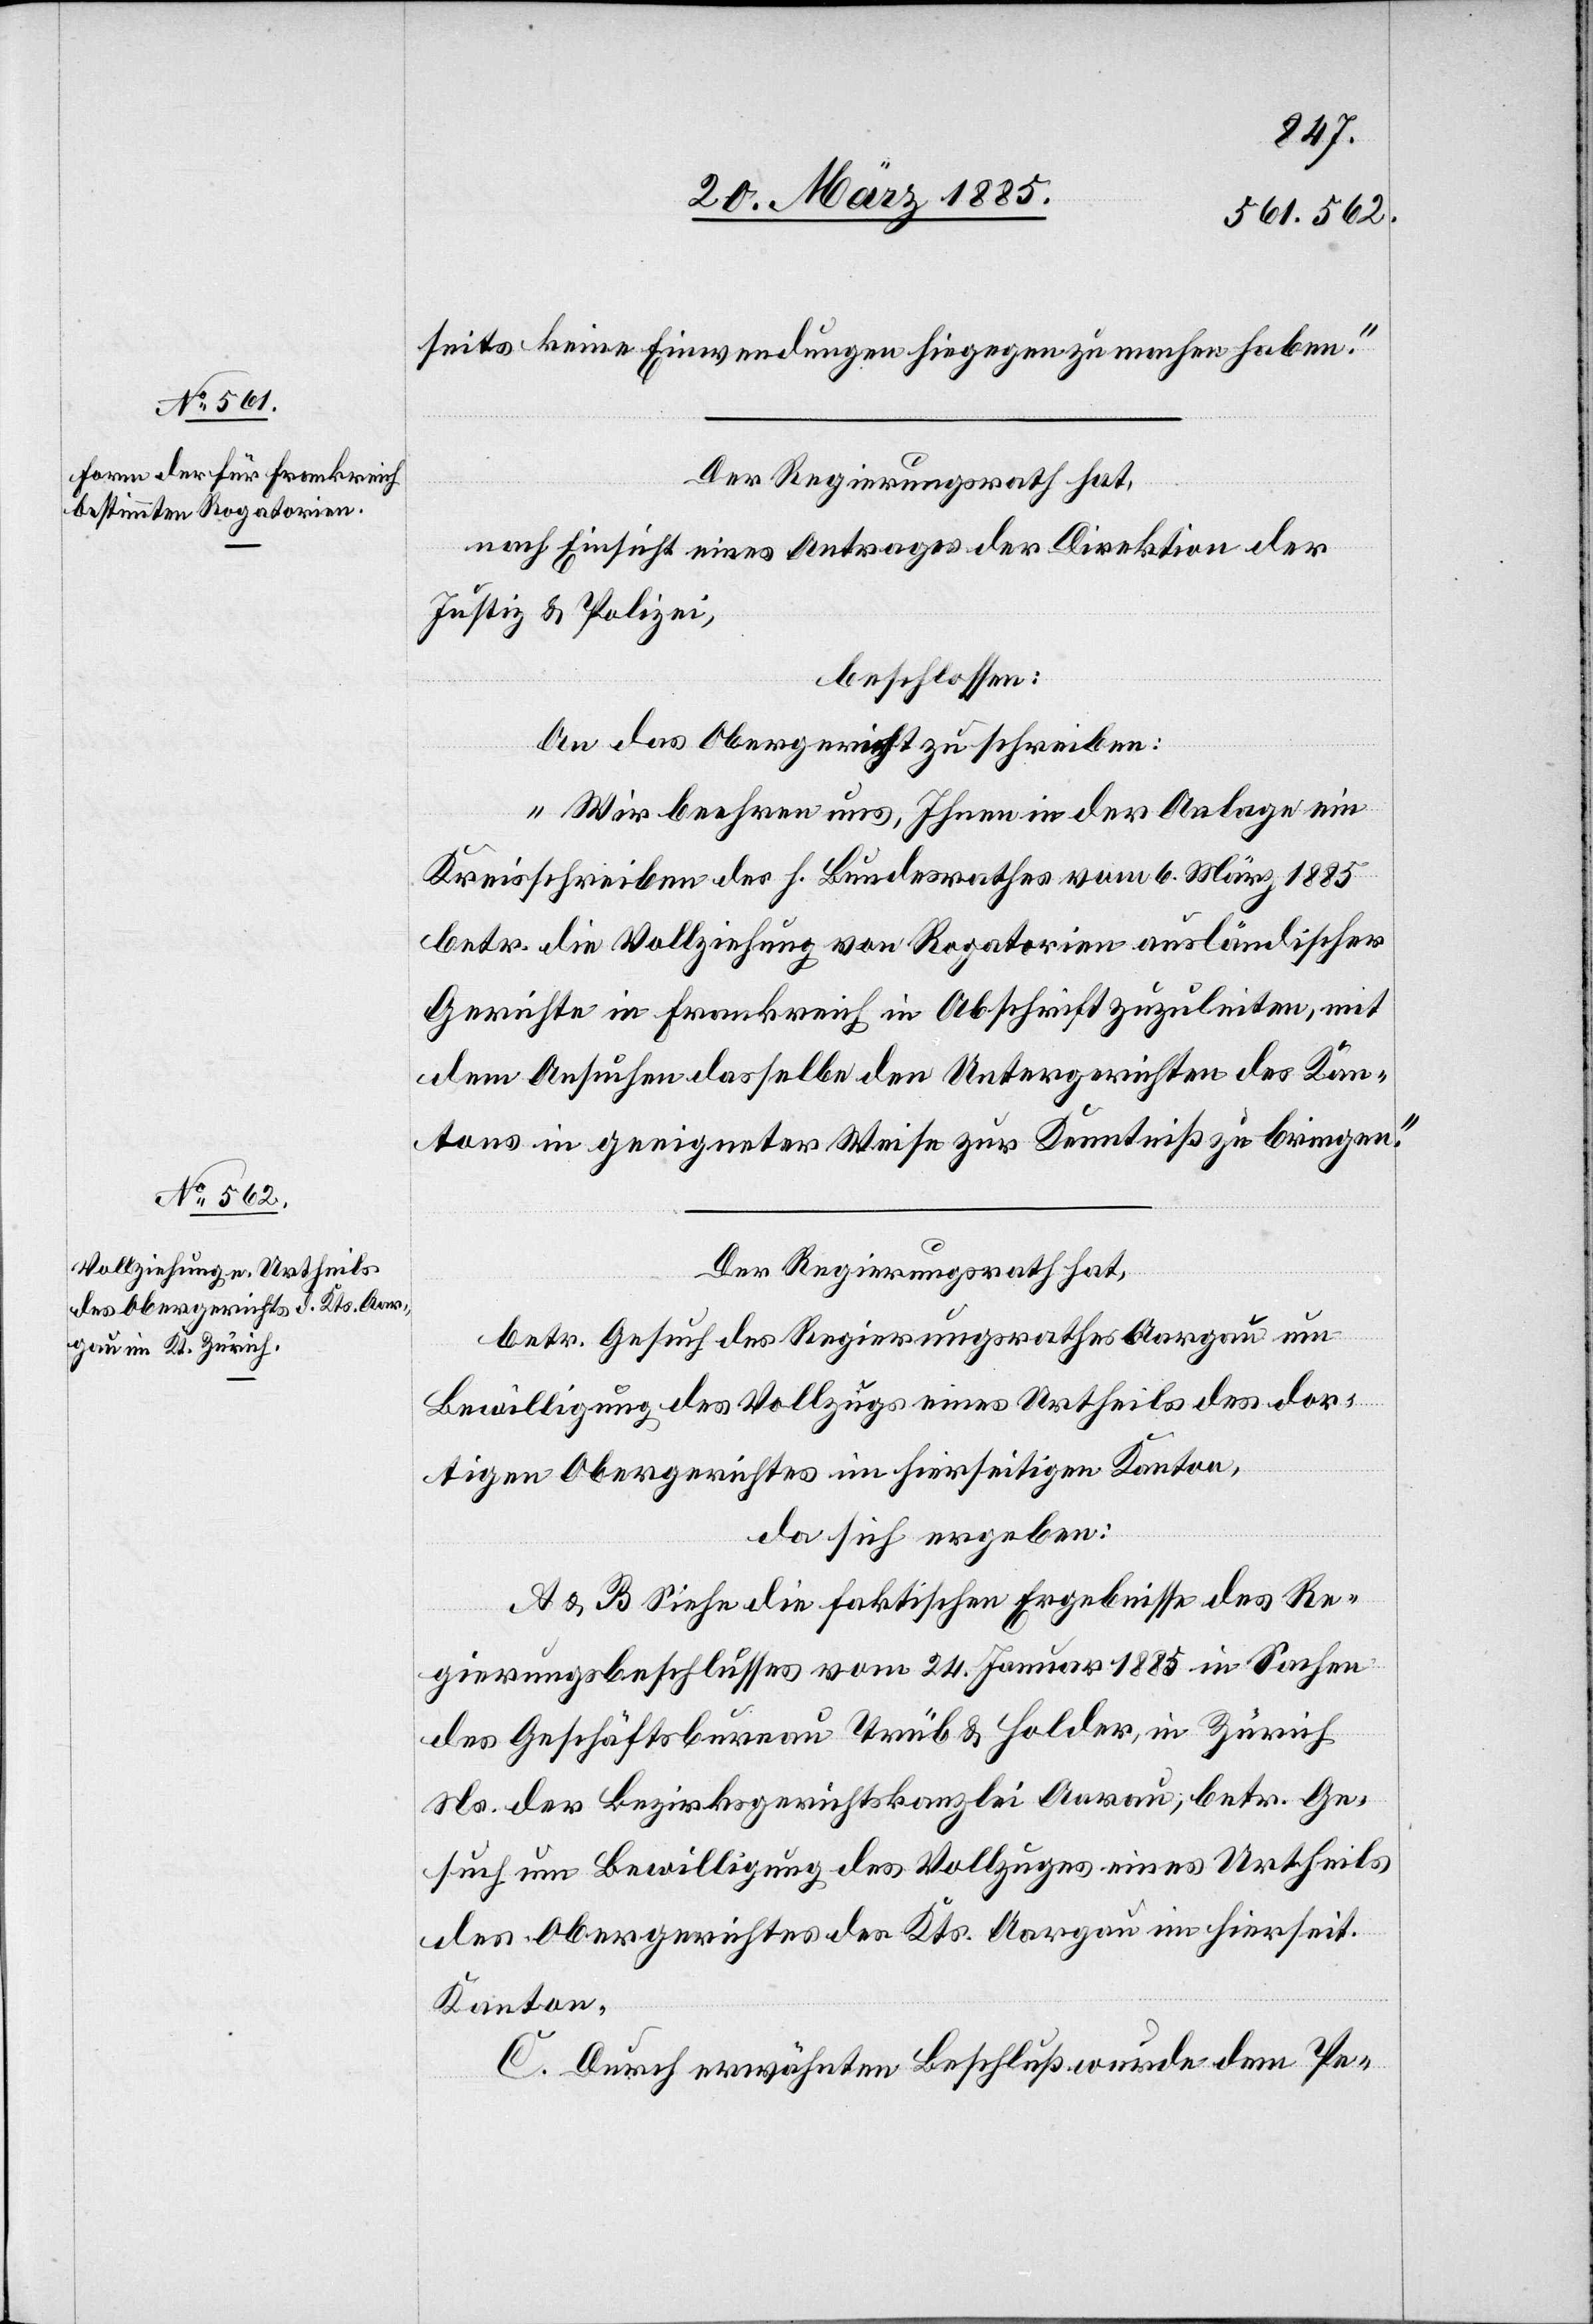
21. März 1885.]
seits keine Einwendungen hiegegen zu machen haben.“
Der Regierungsrath hat,
nach Einsicht eines Antrages der Direktion der
Justiz & Polizei,
beschlossen:
An das Obergericht zu schreiben:
„Wir beehren uns, Ihnen in der Anlage ein
Kreisschreiben des h. Bundesrathes vom 6. März 1885
betr. die Vollziehung von Rogatorien ausländischer
Gerichte in Frankreich in Abschrift zuzuleiten, mit
dem Ansuchen dasselbe den Untergerichten des Kan¬
tons in geeigneter Weise zur Kenntniß zu bringen.“
Der Regierungsrath hat,
betr. Gesuch des Regierungsrathes Aargau um
Bewilligung des Vollzugs eines Urtheils des dor¬
tigen Obergerichtes im hierseitigen Kanton,
da sich ergeben:
& B[.] Siehe die faktischen Ergebnisse des Re¬
gierungsbeschlusses vom 24. Januar 1885 in Sachen
des Geschäftsbureau Trüb & Holder, in Zürich
Ns. der Bezirksgerichtskanzlei Aarau, betr. Ge¬
such um Bewilligung des Vollzuges eines Urtheils
des Obergerichtes des Kts. Aargau in hierseit.
Kanton.
C. Durch erwähnten Beschluß wurde dem Pe-